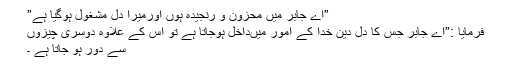
”اے جابر میں محزون و رنجیدہ ہوں اورمیرا دل مشغول ہوگیا ہے”
فرمایا :”اے جابر جس کا دل دین خدا کے امور میںداخل ہوجاتا ہے تو اس کے علاوہ دوسری چیزوں
سے دور ہو جاتا ہے ۔